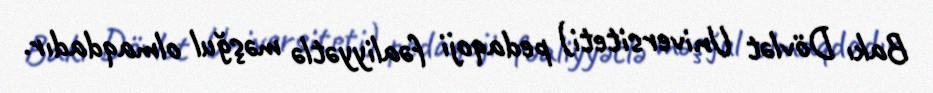
Bakı Dövlət Universiteti) pedaqoji fəaliyyətlə məşğul olmaqdadır.